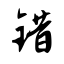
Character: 错